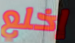
إخلع